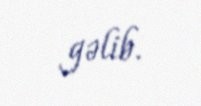
gəlib.